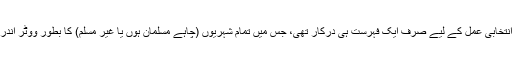
مخلوط انتخابی عمل کے لیے صرف ایک فہرست ہی درکار تھی، جس میں تمام شہریوں (چاہے مسلمان ہوں یا غیر مسلم) کا بطور ووٹر اندراج ہوتا۔